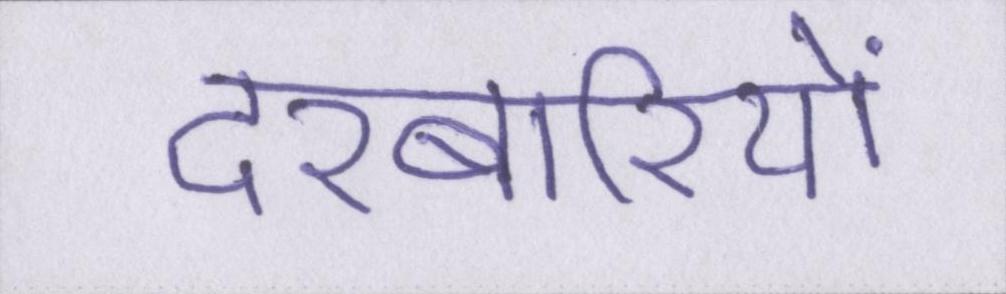
दरबारियों